画像に写った文字を読んでください
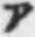
「ア」と書いてあります